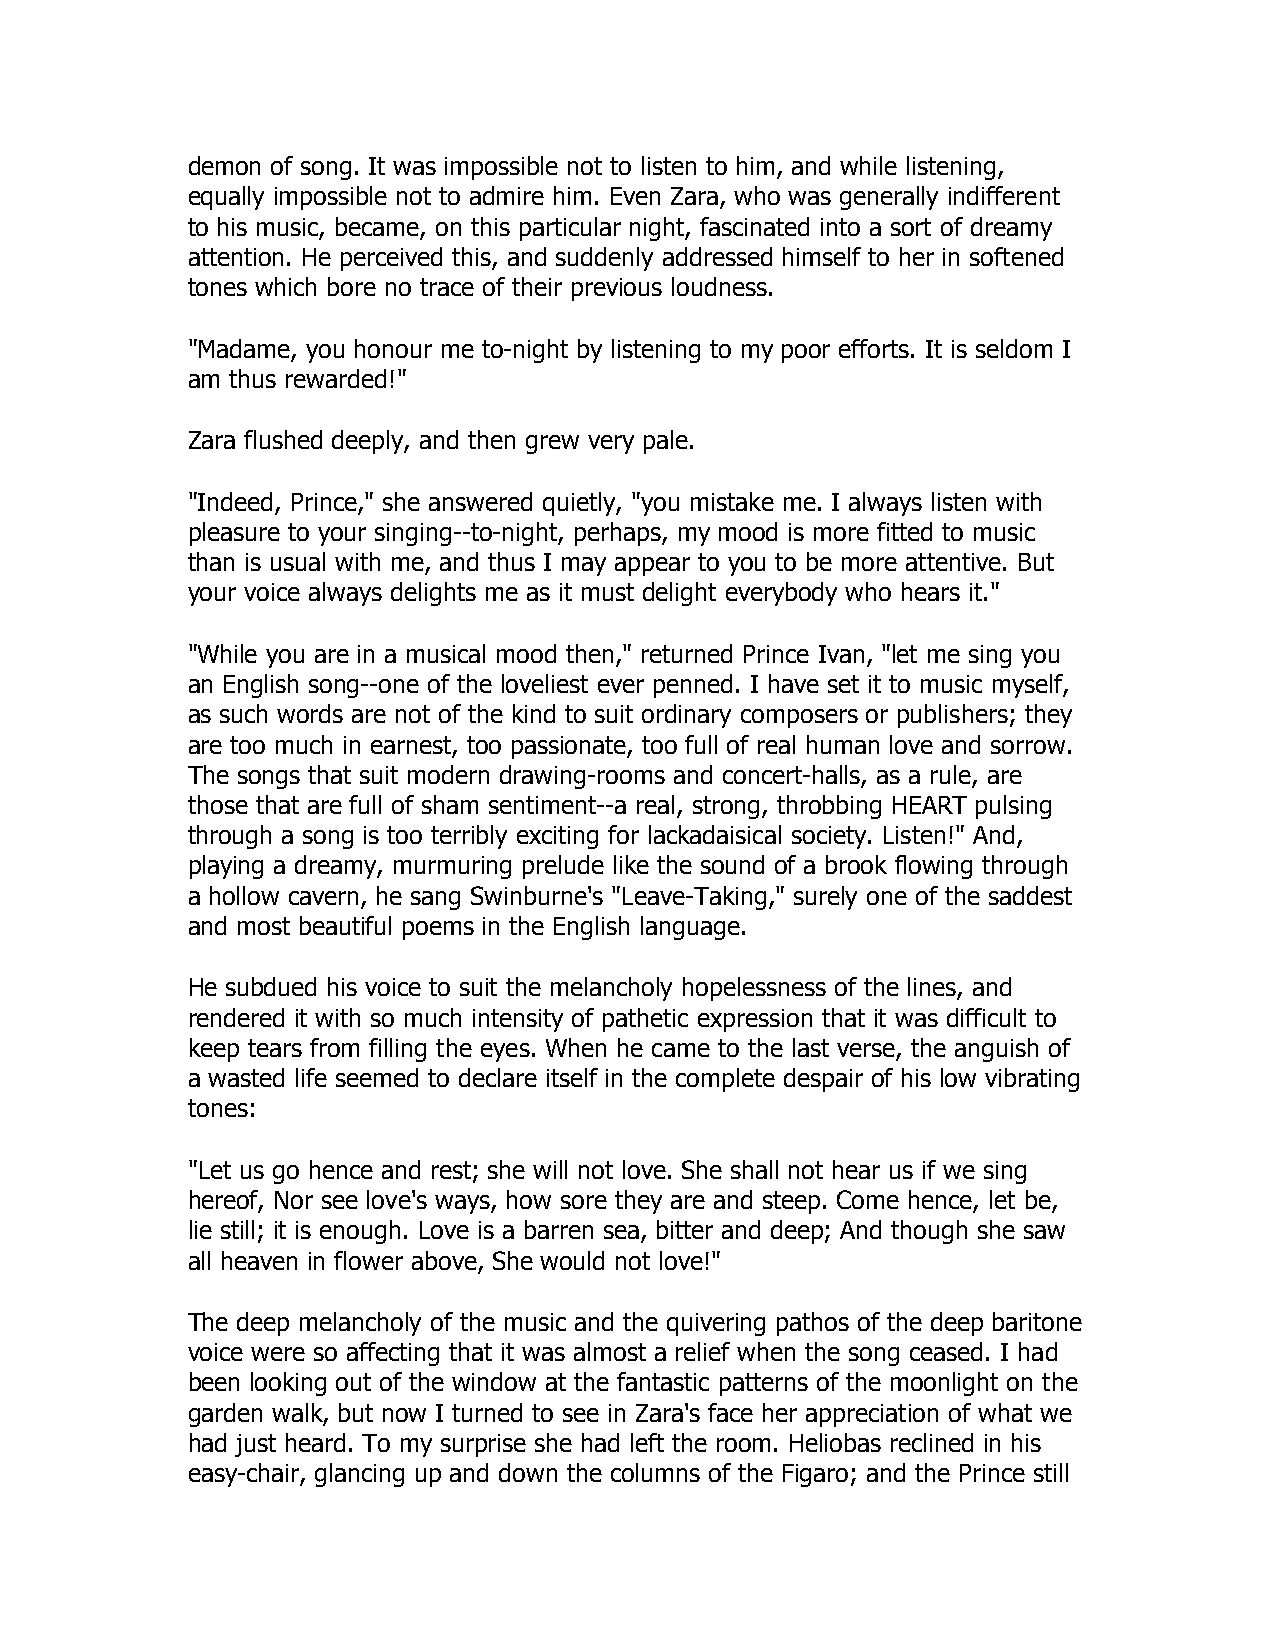
demon of song. It was impossible not to listen to him, and while listening,
 equally impossible not to admire him. Even Zara, who was generally indifferent
 to his music, became, on this particular night, fascinated into a sort of dreamy
 attention. He perceived this, and suddenly addressed himself to her in softened
 tones which bore no trace of their previous loudness.
 "Madame, you honour me to-night by listening to my poor efforts. It is seldom I
 am thus rewarded!"
 Zara flushed deeply, and then grew very pale.
 "Indeed, Prince," she answered quietly, "you mistake me. I always listen with
 pleasure to your singing--to-night, perhaps, my mood is more fitted to music
 than is usual with me, and thus I may appear to you to be more attentive. But
 your voice always delights me as it must delight everybody who hears it."
 "While you are in a musical mood then," returned Prince Ivan, "let me sing you
 an English song--one of the loveliest ever penned. I have set it to music myself,
 as such words are not of the kind to suit ordinary composers or publishers; they
 are too much in earnest, too passionate, too full of real human love and sorrow.
 The songs that suit modern drawing-rooms and concert-halls, as a rule, are
 those that are full of sham sentiment--a real, strong, throbbing HEART pulsing
 through a song is too terribly exciting for lackadaisical society. Listen!" And,
 playing a dreamy, murmuring prelude like the sound of a brook flowing through
 a hollow cavern, he sang Swinburne's "Leave-Taking," surely one of the saddest
 and most beautiful poems in the English language.
 He subdued his voice to suit the melancholy hopelessness of the lines, and
 rendered it with so much intensity of pathetic expression that it was difficult to
 keep tears from filling the eyes. When he came to the last verse, the anguish of
 a wasted life seemed to declare itself in the complete despair of his low vibrating
 tones:
 "Let us go hence and rest; she will not love. She shall not hear us if we sing
 hereof, Nor see love's ways, how sore they are and steep. Come hence, let be,
 lie still; it is enough. Love is a barren sea, bitter and deep; And though she saw
 all heaven in flower above, She would not love!"
 The deep melancholy of the music and the quivering pathos of the deep baritone
 voice were so affecting that it was almost a relief when the song ceased. I had
 been looking out of the window at the fantastic patterns of the moonlight on the
 garden walk, but now I turned to see in Zara's face her appreciation of what we
 had just heard. To my surprise she had left the room. Heliobas reclined in his
 easy-chair, glancing up and down the columns of the Figaro; and the Prince still